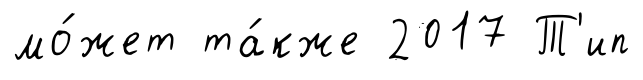
мо́жет та́кже 2017 Т'ип